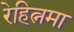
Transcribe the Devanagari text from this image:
रेहित्नमा